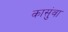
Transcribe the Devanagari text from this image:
कासुंवा